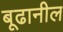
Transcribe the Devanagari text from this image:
बूढानील